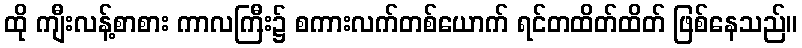
ထို ကျီးလန့်စာစား ကာလကြီး၌ စကားလက်တစ်ယောက် ရင်တထိတ်ထိတ် ဖြစ်နေသည်။